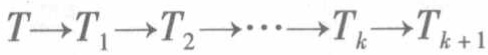
$T\rightarrow T_1\rightarrow T_2\rightarrow\cdots\rightarrow T_k\rightarrow T_{k + 1}$